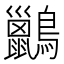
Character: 𪇹